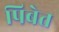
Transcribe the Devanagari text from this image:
पिबेत